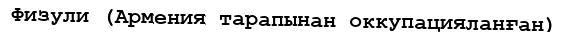
Физули (Армения тарапынан оккупацияланған)